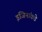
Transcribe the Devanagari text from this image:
इंजिनांकडे